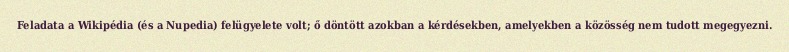
Feladata a Wikipédia (és a Nupedia) felügyelete volt; ő döntött azokban a kérdésekben, amelyekben a közösség nem tudott megegyezni.